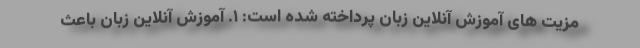
مزیت های آموزش آنلاین زبان پرداخته شده است: ۱. آموزش آنلاین زبان باعث